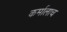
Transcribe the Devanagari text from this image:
कर्मालाच